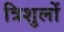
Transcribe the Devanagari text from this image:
त्रिशुलों